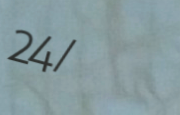
24/7